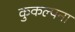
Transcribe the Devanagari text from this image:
कुकल्पना